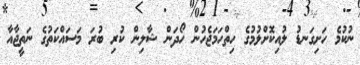
ނުކުމެ ހަށިގަނޑު ލުއިކޮށްލުމުގެ ހިތްހަމަޖެހުން ހޯދަން ޝާލިން ކުރި ބުރަ މަސައްކަތުގެ ނަތީޖާއާ